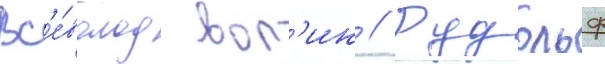
Вс'е́волод вол'ин // Рудольф